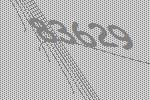
83629